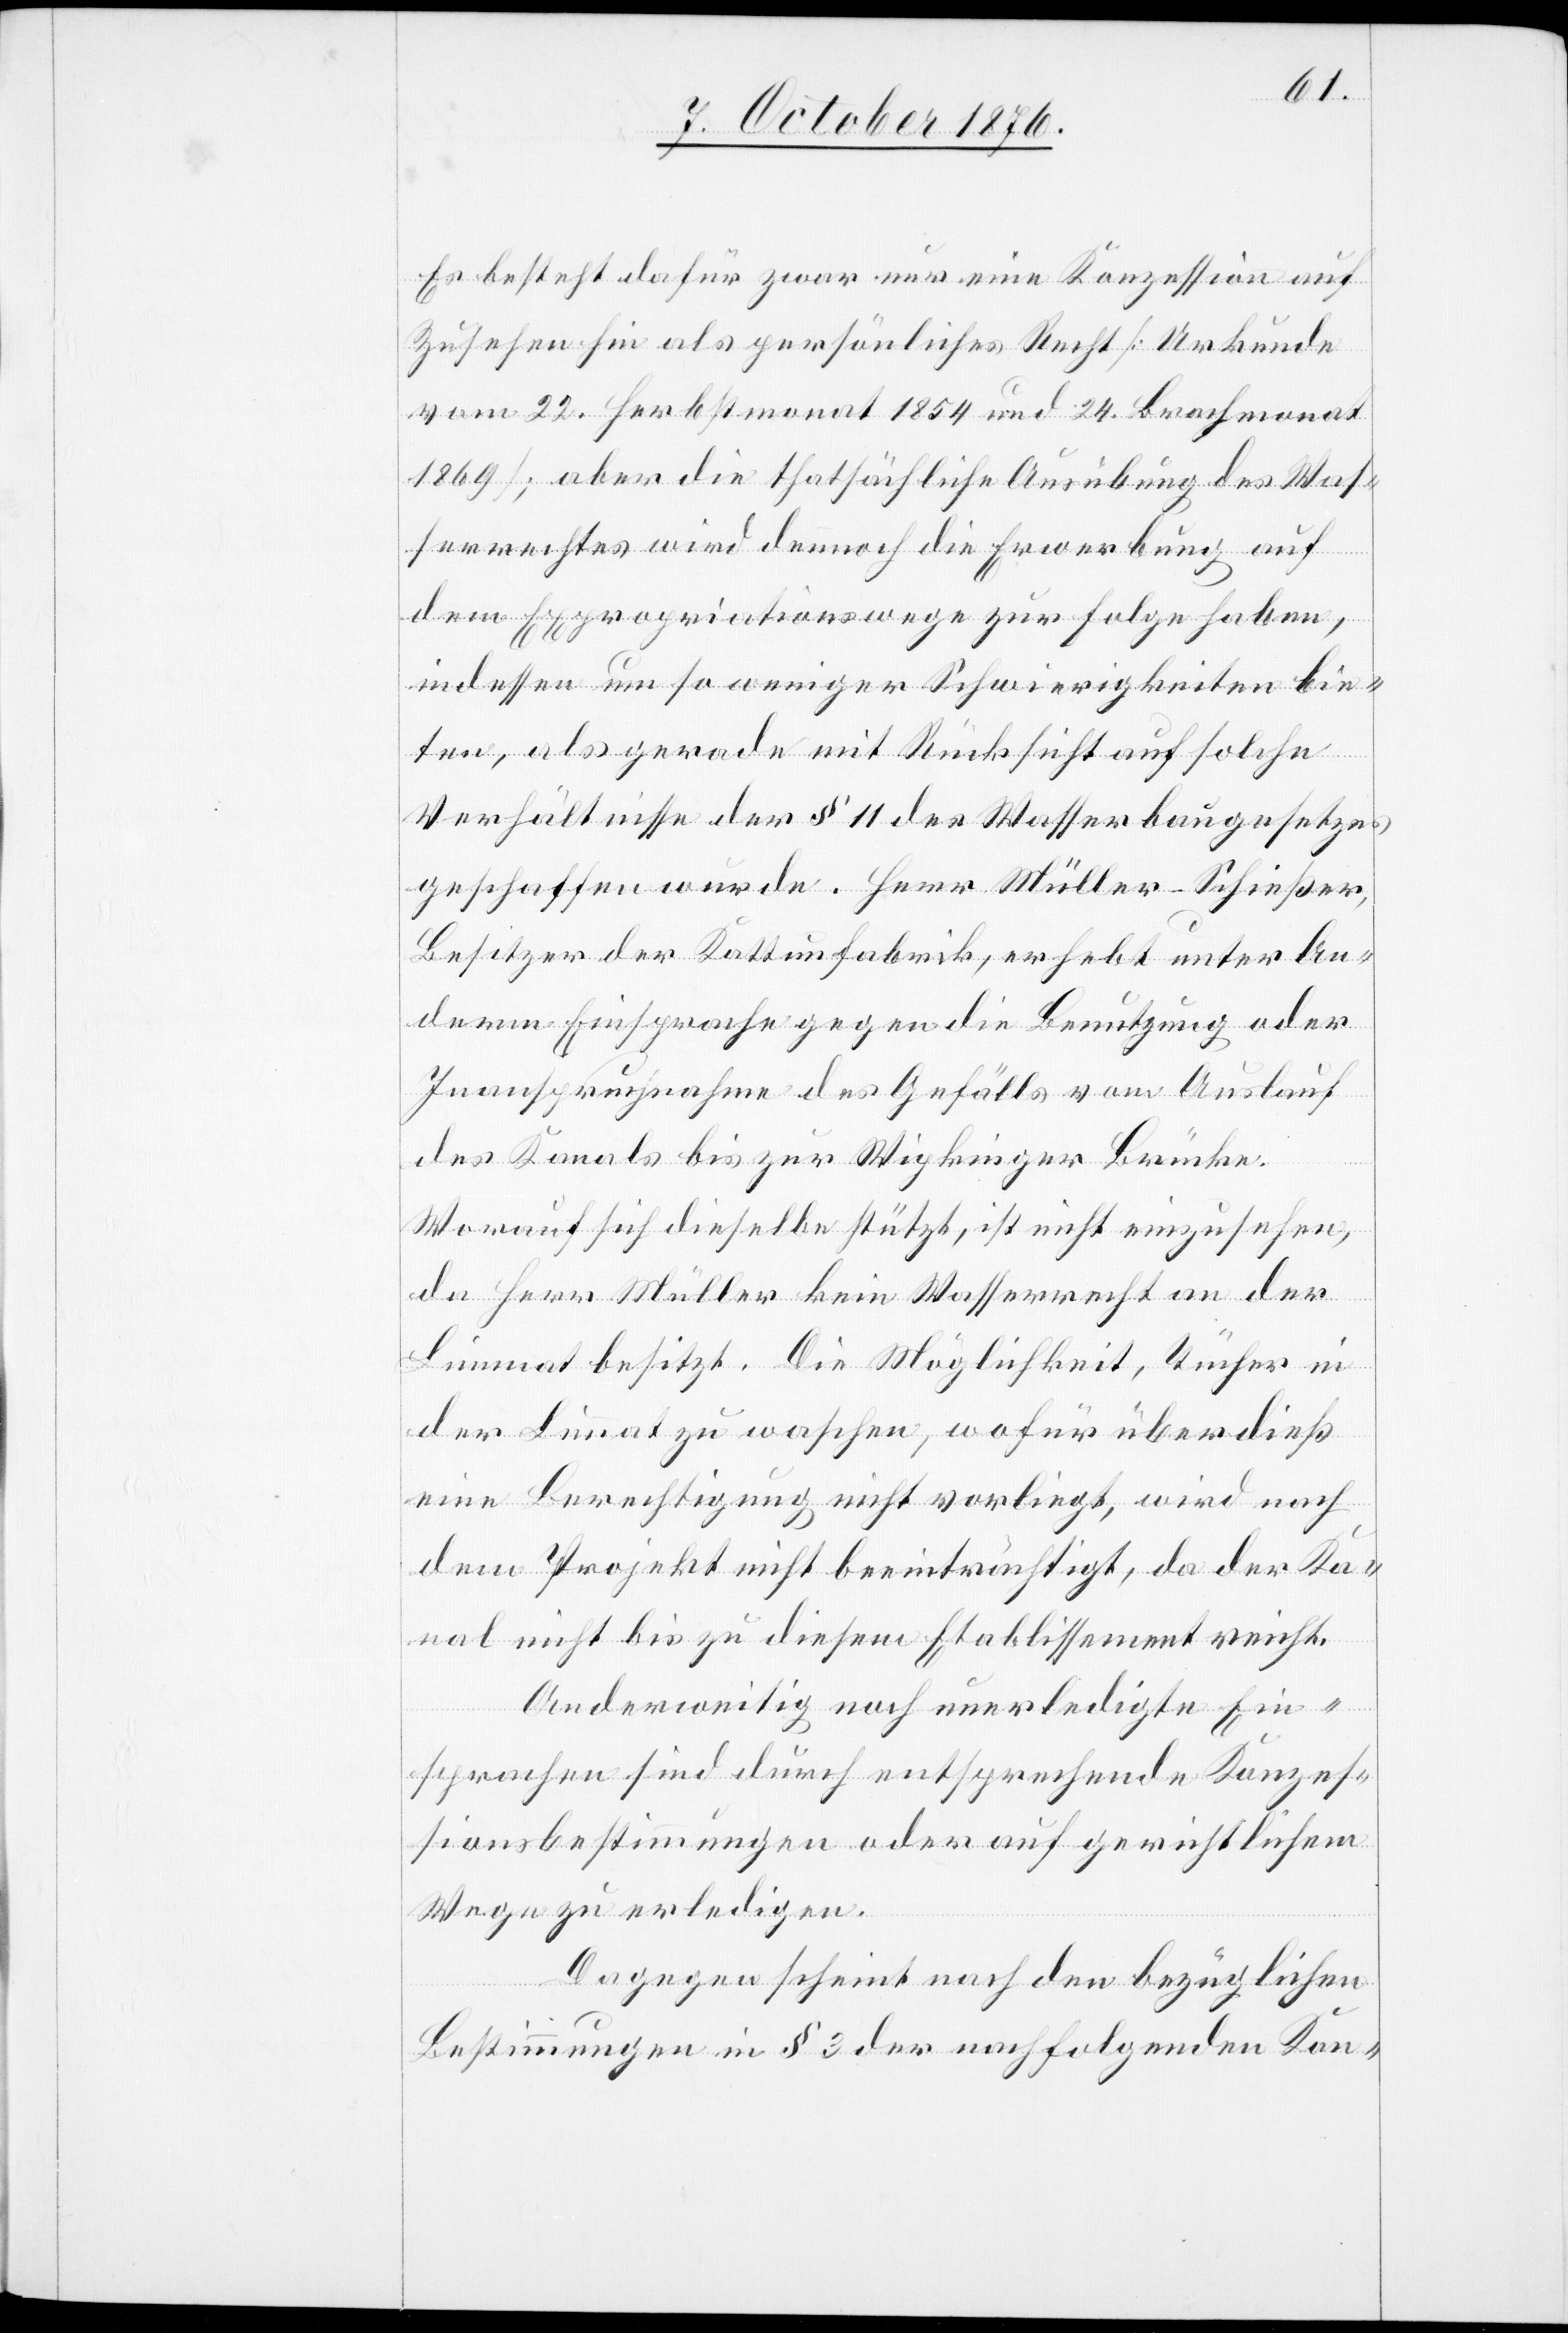
Es besteht dafür zwar nur eine Konzession auf
Zusehen hin als persönliches Recht [Urkunde
vom 22. Herbstmonat 1854 und 24. Brachmonat
1869]; aber die thatsächliche Ausübung des Was¬
serrechts wird dennoch die Erwerbung auf
dem Expropriationswege zur Folge haben,
indessen um so weniger Schwierigkeiten bie¬
ten, als gerade mit Rücksicht auf solche
Verhältnisse der § 11 des Wasserbaugesetzes
geschaffen wurde. Herr Müller-Schießer,
Besitzer der Kattunfabrik, erhebt unter An¬
deren Einsprache gegen die Benutzung oder
Inanspruchnahme des Gefälls vom Auslauf
des Kanals bis zur Wipkinger Brücke.
Worauf sich dieselbe stützt, ist nicht einzusehen,
da Herr Müller kein Wasserrecht an der
Limmat besitzt. Die Möglichkeit, Tücher in
der Limmat zu waschen, wofür überdieß
eine Berechtigung nicht vorliegt, wird nach
dem Projekt nicht beeinträchtigt, da der Ka¬
nal nicht bis zu diesem Etablissement reicht.
Anderweitig noch unerledigte Ein¬
sprachen sind durch entsprechende Konzes¬
sionsbestimmungen oder auf gerichtlichem
Wege zu erledigen.
Dagegen scheint nach den bezüglichen
Bestimmungen in § 3 der nachfolgenden Kon-